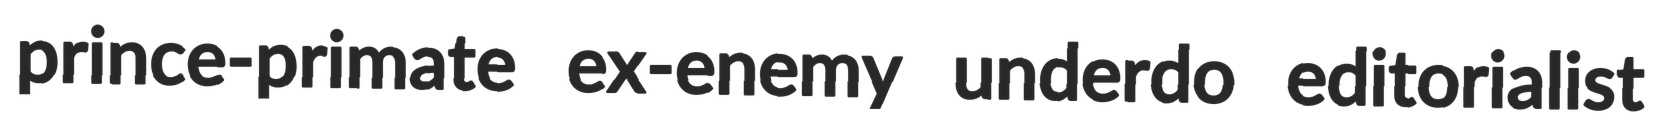
prince-primate ex-enemy underdo editorialist